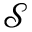
\mathcal { S }